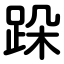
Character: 跺